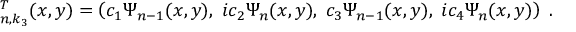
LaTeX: { \bf \Psi } _ { n , k _ { 3 } } ^ { T } ( x , y ) = \left( c _ { 1 } \Psi _ { n - 1 } ( x , y ) , \; i c _ { 2 } \Psi _ { n } ( x , y ) , \; c _ { 3 } \Psi _ { n - 1 } ( x , y ) , \; i c _ { 4 } \Psi _ { n } ( x , y ) \right) \; .